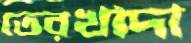
তেরখাদা